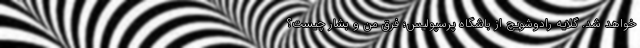
خواهد شد. گلایه رادوشویچ از باشگاه پرسپولیس؛ فرق من و بشار چیست؟